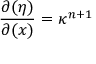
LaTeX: \frac { \partial ( \eta ) } { \partial ( x ) } = \kappa ^ { n + 1 }